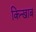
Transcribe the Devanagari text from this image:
किन्खाब